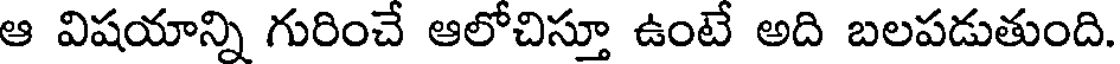
ఆ విషయాన్ని గురించే ఆలోచిస్తూ ఉంటే అది బలపడుతుంది